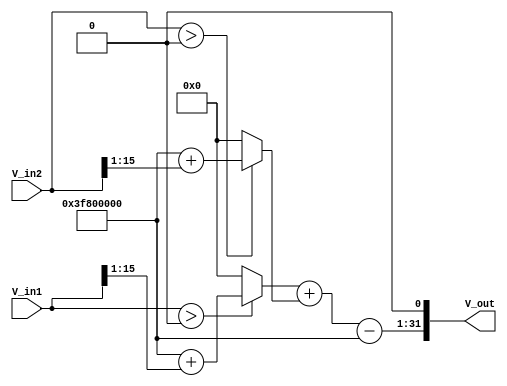
module LogarithmicAnalogMultiplier (
    input  wire [15:0] V_in1,   // 16-bit input for V_in1
    input  wire [15:0] V_in2,   // 16-bit input for V_in2
    output reg  [31:0] V_out     // 32-bit output for V_out
);

// Internal signals
reg [31:0] V_log1; // Logarithmic output for V_in1
reg [31:0] V_log2; // Logarithmic output for V_in2
reg [31:0] V_sum;  // Sum of logarithmic outputs

// Function to calculate logarithm (base e) in a simplistic manner
function [31:0] log;
    input [15:0] x;
    begin
        // This is a placeholder for a logarithmic function
        // Replace with actual logarithmic calculation logic as needed
        // This is a simple approximation for demonstration purposes
        log = x > 0 ? (32'h3F800000 + (x >> 1)) : 32'h00000000; // log(1) = 0 for x = 1
    end
endfunction

// Always block to perform the operations
always @(*) begin
    // Convert inputs to logarithmic form
    V_log1 = log(V_in1);
    V_log2 = log(V_in2);
    
    // Summation stage
    V_sum = V_log1 + V_log2;

    // Exponential conversion (approximated)
    // This is a placeholder for the exponential function
    // Replace with actual exponential calculation logic as needed
    V_out = (V_sum - 32'h3F800000) << 1; // Simplified exponential approximation
end

endmodule